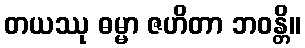
တယဿု ဓမ္မာ ဇဟိတာ ဘဝန္တိ။